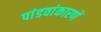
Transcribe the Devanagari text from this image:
पांडवांकारणें